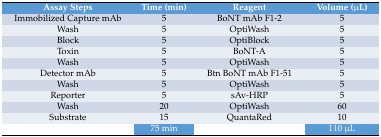
<table><thead><tr><td><b>Assay Steps</b></td><td><b>Time (min)</b></td><td><b>Reagent</b></td><td><b>Volume (μL)</b></td></tr></thead><tbody><tr><td>Immobilized Capture mAb</td><td>5</td><td>BoNT mAb F1-2</td><td>5</td></tr><tr><td>Wash</td><td>5</td><td>OptiWash</td><td>5</td></tr><tr><td>Block</td><td>5</td><td>OptiBlock</td><td>5</td></tr><tr><td>Toxin</td><td>5</td><td>BoNT-A</td><td>5</td></tr><tr><td>Wash</td><td>5</td><td>OptiWash</td><td>5</td></tr><tr><td>Detector mAb</td><td>5</td><td>Btn BoNT mAb F1-51</td><td>5</td></tr><tr><td>Wash</td><td>5</td><td>OptiWash</td><td>5</td></tr><tr><td>Reporter</td><td>5</td><td>sAv-HRP</td><td>5</td></tr><tr><td>Wash</td><td>20</td><td>OptiWash</td><td>60</td></tr><tr><td>Substrate</td><td>15</td><td>QuantaRed</td><td>10</td></tr><tr><td></td><td>75 min</td><td></td><td>110 μL</td></tr></tbody></table>